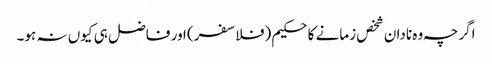
اگرچہ وہ نادان شخص زمانے کا حکیم (فلاسفر) اور فاضل ہی کیوں نہ ہو۔